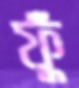
ফুঁ